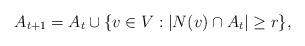
LaTeX: \begin{align*} A_{t+1} = A_t \cup \{v \in V: |N(v) \cap A_t| \geq r \},\end{align*}